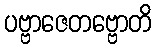
ပဗ္ဗာဇေတဗ္ဗောတိ